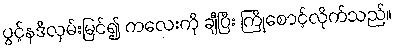
ပွင့်နဒီလှမ်းမြင်၍ ကလေးကို ချီပြီး ကြိုစောင့်လိုက်သည်။